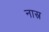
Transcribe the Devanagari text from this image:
नास्र